Report of the Bombay Veterinary College
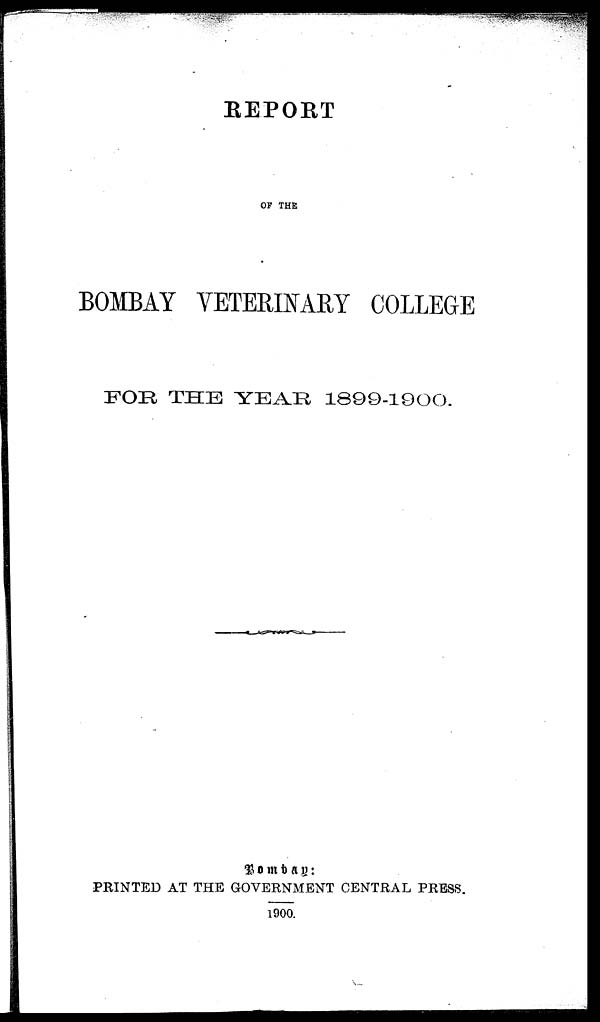
REPORT
OF THE
BOMBAY VETERINARY COLLEGE
FOR THE YEAR 1899-1900.
Bombay.
PRINTED AT THE GOVERNMENT CENTRAL PRESS.
1900.